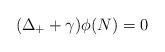
LaTeX: \begin{align*} (\Delta_+ + \gamma)\phi(N)=0\end{align*}